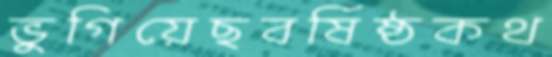
ভুগিয়েছবর্ষিষ্ঠকথ